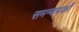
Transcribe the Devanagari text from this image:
समन्वयकों